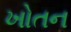
ખોતન